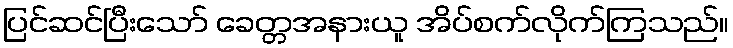
ပြင်ဆင်ပြီးသော် ခေတ္တအနားယူ အိပ်စက်လိုက်ကြသည်။